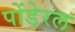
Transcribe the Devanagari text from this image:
पोंडेरल